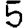
Digit: 5